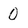
Character: 0